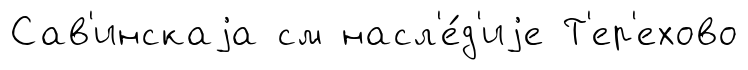
Сав'инскаjа см насл'е́д'иjе Т'ер'ехово